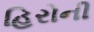
હિરોની